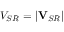
V _ { S R } = | \mathbf { V } _ { S R } |